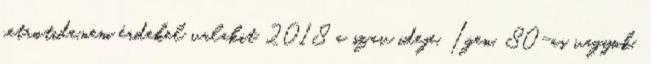
cetrotide.nem érdekel valakit 2018 a szav ideje, Igen, 80-as vagyok,